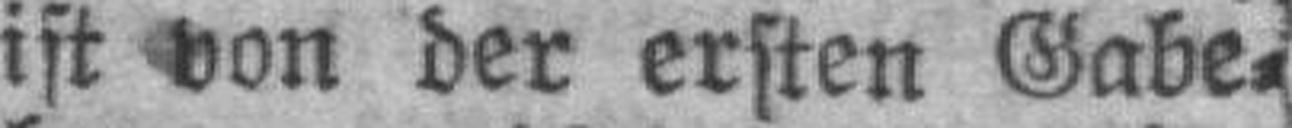
ist von der ersten Gabe¬